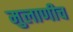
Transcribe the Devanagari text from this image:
मुलाणीच